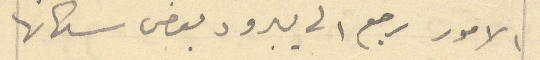
الامور رجع الى يبرود بعض سكانها